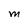
Character: M